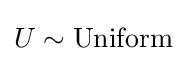
U\sim {\text{Uniform}}